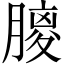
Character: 𦟨